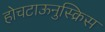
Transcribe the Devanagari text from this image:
होचटाऊनुस्क्रिस